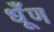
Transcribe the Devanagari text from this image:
धूँण